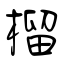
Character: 榴